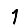
Digit: 1